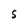
Character: S